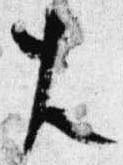
右